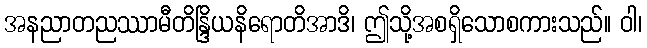
အနညာတညဿာမီတိန္ဒြိယနိရောတိအာဒိ၊ ဤသို့အစရှိသောစကားသည်။ ဝါ၊